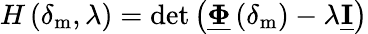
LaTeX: H\left(\delta_{\mathrm{m}},\lambda\right)=\operatorname*{det}\left(\underline{{\boldsymbol{\Phi}}}\left(\delta_{\mathrm{m}}\right)-\lambda\underline{{\boldsymbol{\mathrm{I}}}}\right)